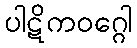
ပါဋိကဝဂ္ဂေါ